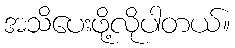
အသိပေးဖို့လိုပါတယ်။